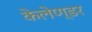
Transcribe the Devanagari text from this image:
केलेण्डर